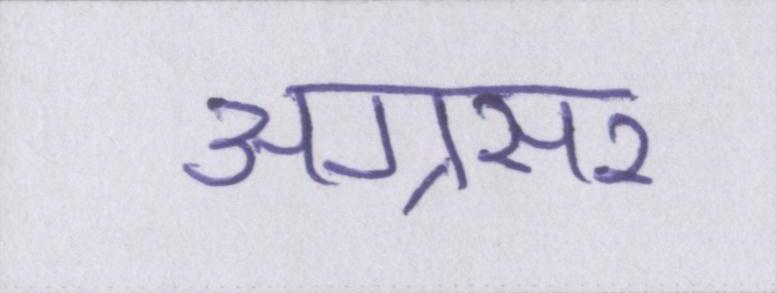
अग्रसर